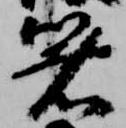
箸